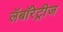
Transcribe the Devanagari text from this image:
लॅबॉरेट्रीज